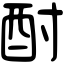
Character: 酎